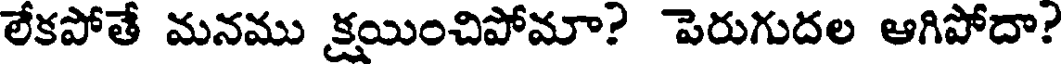
లేకపోతే మనము క్షయించిపోమా? పెరుగుదల ఆగిపోదా?